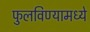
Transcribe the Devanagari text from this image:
फुलविण्यामध्ये